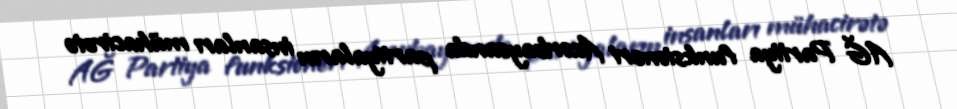
AĞ Partiya funksioneri Azərbaycanda partiyaların insanları mühacirətə